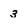
Character: 3